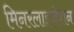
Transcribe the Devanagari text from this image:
मिनरलाइजेशन